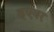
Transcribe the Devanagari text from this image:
हूएवर